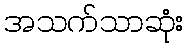
အသက်သာဆုံး